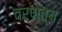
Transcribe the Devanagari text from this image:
वर्णत्य